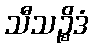
သီသဉ္စိဒံ